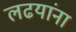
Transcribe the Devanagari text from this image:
लढयांना